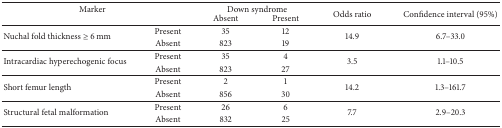
<table><thead><tr><td colspan="2"><b>Marker</b></td><td colspan="2"><b>Down syndrome</b></td><td rowspan="2"><b>Odds ratio</b></td><td rowspan="2"><b>Confidence interval (95%)</b></td></tr><tr><td><b> </b></td><td><b> </b></td><td><b>Absent</b></td><td><b>Present</b></td></tr></thead><tbody><tr><td rowspan="2">Nuchal fold thickness ≥ 6 mm</td><td>Present</td><td>35</td><td>12</td><td rowspan="2">14.9</td><td rowspan="2">6.7–33.0</td></tr><tr><td>Absent</td><td>823</td><td>19</td></tr><tr><td rowspan="2">Intracardiac hyperechogenic focus</td><td>Present</td><td>35</td><td>4</td><td rowspan="2">3.5</td><td rowspan="2">1.1–10.5</td></tr><tr><td>Absent</td><td>823</td><td>27</td></tr><tr><td rowspan="2">Short femur length</td><td>Present</td><td>2</td><td>1</td><td rowspan="2">14.2</td><td rowspan="2">1.3–161.7</td></tr><tr><td>Absent</td><td>856</td><td>30</td></tr><tr><td rowspan="2">Structural fetal malformation</td><td>Present</td><td>26</td><td>6</td><td rowspan="2">7.7</td><td rowspan="2">2.9–20.3</td></tr><tr><td>Absent</td><td>832</td><td>25</td></tr></tbody></table>